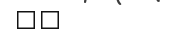
٥٢